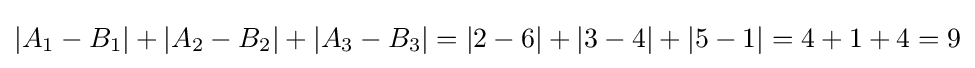
|A_{1}-B_{1}|+|A_{2}-B_{2}|+|A_{3}-B_{3}|=|2-6|+|3-4|+|5-1|=4+1+4=9